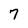
Character: 7